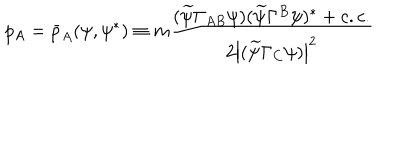
p _ { A } = \bar { p } _ { A } ( \psi , \psi ^ { * } ) \equiv m \frac { ( \widetilde { \psi } \Gamma _ { A B } \psi ) ( \widetilde { \psi } \Gamma ^ { B } \psi ) ^ { * } + c . c . } { 2 \left| ( \widetilde { \psi } \Gamma _ { C } \psi ) \right| ^ { 2 } }